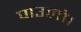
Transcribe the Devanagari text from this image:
पाउलो।